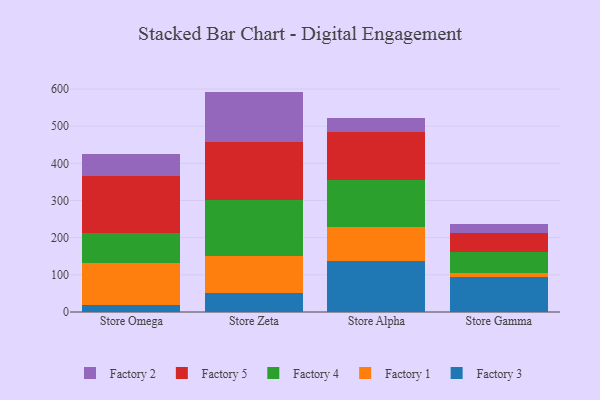
{"axis": {"x": "Store", "y": "Inventory Turnover"}, "legend": ["Factory 1", "Factory 2", "Factory 3", "Factory 4", "Factory 5"], "data": [{"x": "Store Omega", "y": 19.6, "type": "Factory 3"}, {"x": "Store Omega", "y": 112.5, "type": "Factory 1"}, {"x": "Store Omega", "y": 79.9, "type": "Factory 4"}, {"x": "Store Omega", "y": 154.9, "type": "Factory 5"}, {"x": "Store Omega", "y": 58.9, "type": "Factory 2"}, {"x": "Store Zeta", "y": 51.9, "type": "Factory 3"}, {"x": "Store Zeta", "y": 98.3, "type": "Factory 1"}, {"x": "Store Zeta", "y": 152.2, "type": "Factory 4"}, {"x": "Store Zeta", "y": 155.8, "type": "Factory 5"}, {"x": "Store Zeta", "y": 134.9, "type": "Factory 2"}, {"x": "Store Alpha", "y": 136.0, "type": "Factory 3"}, {"x": "Store Alpha", "y": 94.0, "type": "Factory 1"}, {"x": "Store Alpha", "y": 125.4, "type": "Factory 4"}, {"x": "Store Alpha", "y": 128.2, "type": "Factory 5"}, {"x": "Store Alpha", "y": 39.7, "type": "Factory 2"}, {"x": "Store Gamma", "y": 94.0, "type": "Factory 3"}, {"x": "Store Gamma", "y": 10.0, "type": "Factory 1"}, {"x": "Store Gamma", "y": 57.6, "type": "Factory 4"}, {"x": "Store Gamma", "y": 51.6, "type": "Factory 5"}, {"x": "Store Gamma", "y": 24.7, "type": "Factory 2"}]}